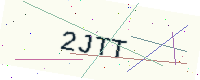
Text: 2JTT